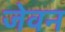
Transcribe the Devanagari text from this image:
जेवन